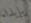
بإيذاء